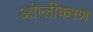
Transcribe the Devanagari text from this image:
आंग्लीकरण